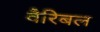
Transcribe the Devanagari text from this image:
वैरिबल